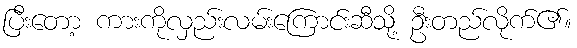
ပြီးတော့ ကားကိုလှည်းလမ်းကြောင်းဆီသို့ ဦးတည်လိုက်၏။